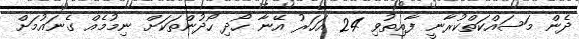
ދެން މަސައްކަތްކުރާނީ ފާއިތުވި 24 އަހަރު އޭނާ ހޯދި ހޯދުންތަކަށް ނިމުމެއް ގެނައުމަށް